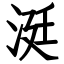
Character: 涏